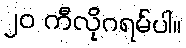
၂၀ ကီလိုဂရမ်ပါ။